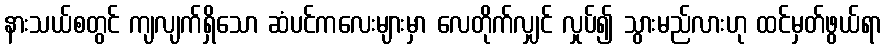
နားသယ်စတွင် ကျလျက်ရှိသော ဆံပင်ကလေးများမှာ လေတိုက်လျှင် လှုပ်၍ သွားမည်လားဟု ထင်မှတ်ဖွယ်ရာ